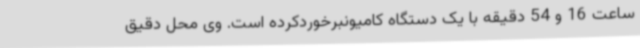
ساعت 16 و 54 دقیقه با یک دستگاه کامیونبرخوردکرده است. وی محل دقیق